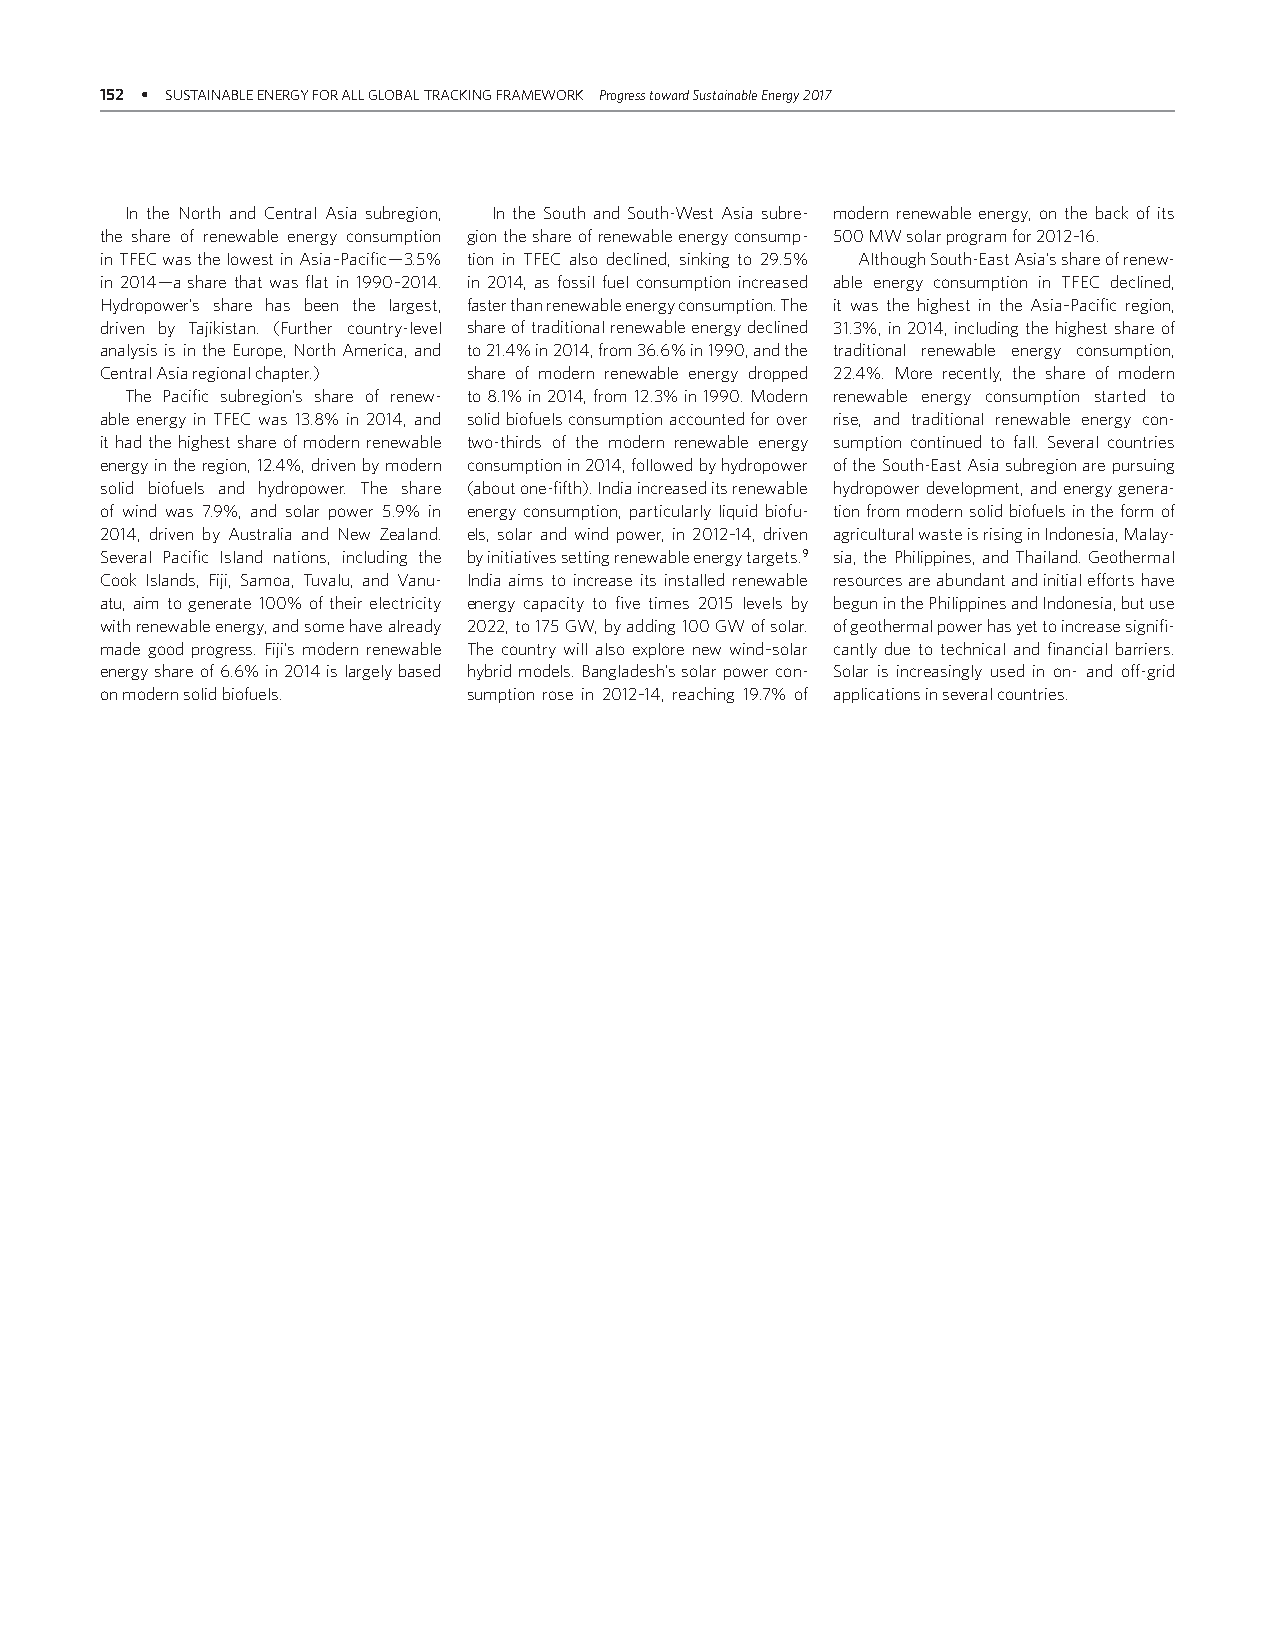
152 • SUSTAINABLE ENERGY FOR ALL GLOBAL TRACKING FRAMEWORK Progress toward Sustainable Energy 2017
 In the North and Central Asia subregion, In the South and South-West Asia subre- modern renewable energy, on the back of its
 the share of renewable energy consumption gion the share of renewable energy consump- 500 MW solar program for 2012–16.
 in TFEC was the lowest in Asia–Pacific— 3.5% tion in TFEC also declined, sinking to 29.5% Although South-East Asia’s share of renew-
 in 2014 — a share that was flat in 1990–2014. in 2014, as fossil fuel consumption increased able energy consumption in TFEC declined,
 Hydropower’s share has been the largest, faster than renewable energy consumption. The it was the highest in the Asia–Pacific region,
 driven by Tajikistan. (Further country-level share of traditional renewable energy declined 31.3%, in 2014, including the highest share of
 analysis is in the Europe, North America, and to 21.4% in 2014, from 36.6% in 1990, and the traditional renewable energy consumption,
 Central Asia regional chapter.) share of modern renewable energy dropped 22.4%. More recently, the share of modern
 The Pacific subregion’s share of renew- to 8.1% in 2014, from 12.3% in 1990. Modern renewable energy consumption started to
 able energy in TFEC was 13.8% in 2014, and solid biofuels consumption accounted for over rise, and traditional renewable energy con-
 it had the highest share of modern renewable two-thirds of the modern renewable energy sumption continued to fall. Several countries
 energy in the region, 12.4%, driven by modern consumption in 2014, followed by hydropower of the South-East Asia subregion are pursuing
 solid biofuels and hydropower. The share (about one-fifth). India increased its renewable hydropower development, and energy genera-
 of wind was 7.9%, and solar power 5.9% in energy consumption, particularly liquid biofu- tion from modern solid biofuels in the form of
 2014, driven by Australia and New Zealand. els, solar and wind power, in 2012–14, driven agricultural waste is rising in Indonesia, Malay-
 Several Pacific Island nations, including the by initiatives setting renewable energy targets.9 sia, the Philippines, and Thailand. Geothermal
 Cook Islands, Fiji, Samoa, Tuvalu, and Vanu- India aims to increase its installed renewable resources are abundant and initial efforts have
 atu, aim to generate 100% of their electricity energy capacity to five times 2015 levels by begun in the Philippines and Indonesia, but use
 with renewable energy, and some have already 2022, to 175 GW, by adding 100 GW of solar. of geothermal power has yet to increase signifi-
 made good progress. Fiji’s modern renewable The country will also explore new wind–solar cantly due to technical and financial barriers.
 energy share of 6.6% in 2014 is largely based hybrid models. Bangladesh’s solar power con- Solar is increasingly used in on- and off-grid
 on modern solid biofuels. sumption rose in 2012–14, reaching 19.7% of applications in several countries.